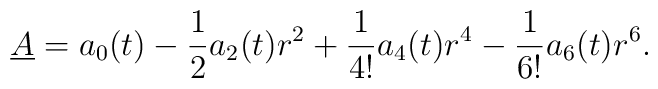
\underline{A} = a_0(t) - \frac12a_2(t)r^2 + \frac{1}{4!}a_4(t)r^4 -         \frac{1}{6!}a_6(t)r^6.